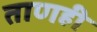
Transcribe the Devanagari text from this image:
ताणही